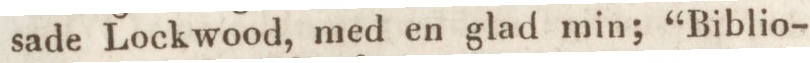
sade Lockwood, med en glad min; “Biblio-